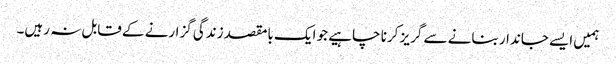
ہمیں ایسے جاندار بنانے سے گریز کرنا چاہیے جو ایک بامقصد زندگی گزارنے کے قابل نہ رہیں۔